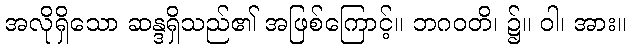
အလိုရှိသော ဆန္ဒရှိသည်၏ အဖြစ်ကြောင့်။ ဘဂဝတိ၊ ၌။ ဝါ၊ အား။